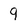
Character: 9